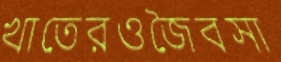
খাতেরওজৈবসা